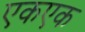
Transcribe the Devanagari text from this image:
एकएक